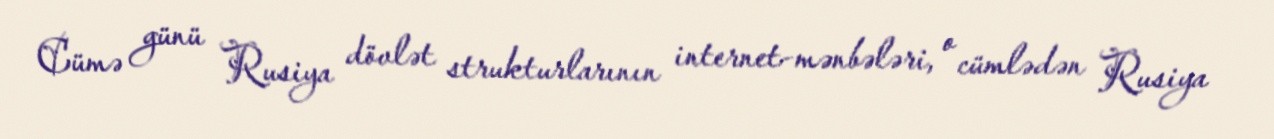
Cümə günü Rusiya dövlət strukturlarının internet-mənbələri, o cümlədən Rusiya